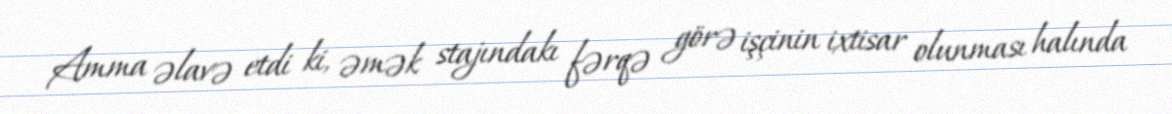
Amma əlavə etdi ki, əmək stajındakı fərqə görə işçinin ixtisar olunması halında